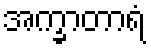
အက္ခာတာရံ